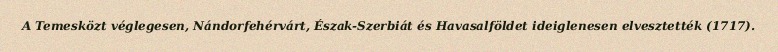
A Temesközt véglegesen, Nándorfehérvárt, Észak-Szerbiát és Havasalföldet ideiglenesen elvesztették (1717).